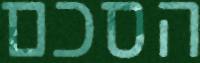
הסכם